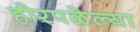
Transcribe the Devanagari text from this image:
होरपळेल्या